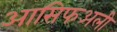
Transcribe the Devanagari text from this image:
आसिफअली